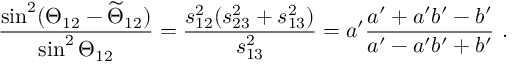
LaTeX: \frac { \sin ^ { 2 } ( \Theta _ { 1 2 } - \widetilde \Theta _ { 1 2 } ) } { \sin ^ { 2 } \Theta _ { 1 2 } } = \frac { s _ { 1 2 } ^ { 2 } ( s _ { 2 3 } ^ { 2 } + s _ { 1 3 } ^ { 2 } ) } { s _ { 1 3 } ^ { 2 } } = a ^ { \prime } \frac { a ^ { \prime } + a ^ { \prime } b ^ { \prime } - b ^ { \prime } } { a ^ { \prime } - a ^ { \prime } b ^ { \prime } + b ^ { \prime } } \ .